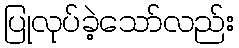
ပြုလုပ်ခဲ့သော်လည်း